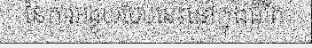
នៃការអង្គុយបែបនេះនៅក្នុងជីវិត